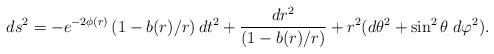
LaTeX: \begin{align*}ds^2 = - e^{-2\phi(r)} \left(1 - b(r)/r\right)dt^2 + {dr^2\over\left( 1 - b(r)/r \right)} + r^2(d\theta^2 + \sin^2\theta \; d\varphi^2).\end{align*}